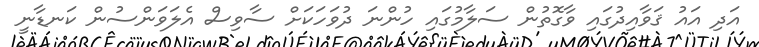
އަދި އައު ޤަވާއިދުގައި ވާގޮތުން ސަލާމުގައި ހުންނަ ދުވަހަކަށް ސާވިސް އެލަވަންސުން ކަނޑާނީ